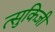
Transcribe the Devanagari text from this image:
त्सुकिजी